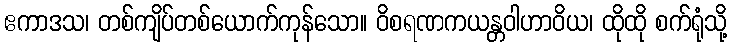
ဧကာဒသ၊ တစ်ကျိပ်တစ်ယောက်ကုန်သော။ ဝိစရဏကယန္တဝါဟာဝိယ၊ ထိုထို စက်ရုံသို့